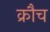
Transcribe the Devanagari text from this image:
क्रौच